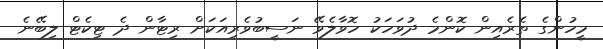
މީހުންގެ ތެރެއިން ކޮންމެ ދުވަހަކު ހޮވާލެވޭ ނަސީބުވެރިއަކަށް ރިޓާން ދެ ޓިކެޓް ލިބޭނެ